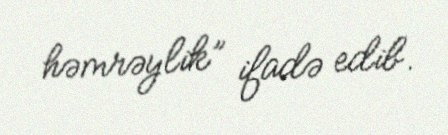
həmrəylik” ifadə edib.